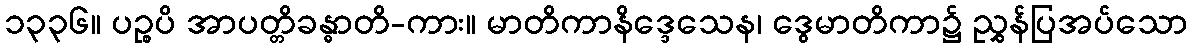
၁၃၃၆။ ပဉ္စပိ အာပတ္တိခန္ဓာတိ-ကား။ မာတိကာနိဒ္ဒေသေန၊ ဒွေမာတိကာ၌ ညွှန်ပြအပ်သော